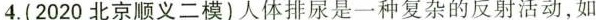
4.(2020北京顺义二模)人体排尿是一种复杂的反射活动，如